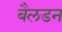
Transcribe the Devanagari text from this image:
बैलडन